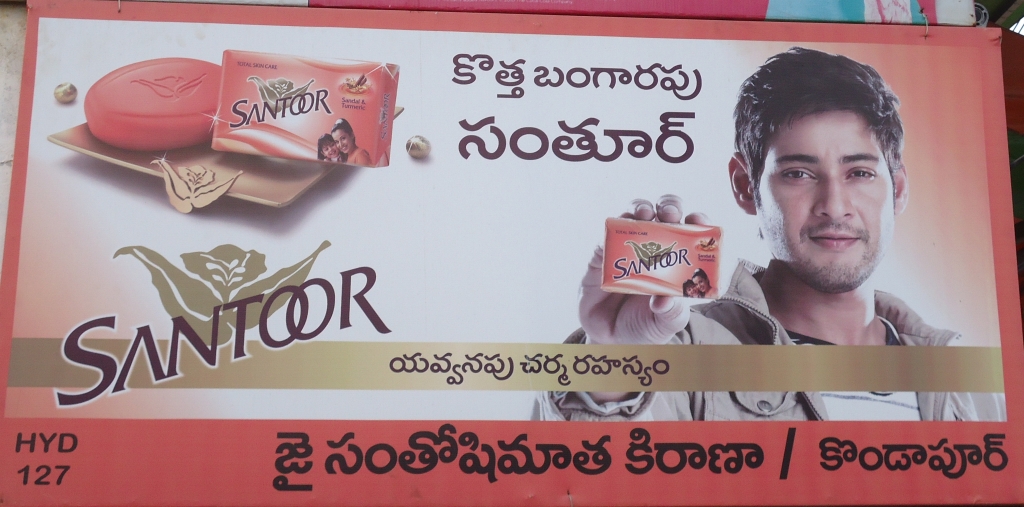
Language: telugu
Transcription: కొత్త బంగారపు రహస్యం జై కిరాణా సంతోషిమాతా చర్మ సంతూర్ యవ్వనపు